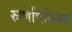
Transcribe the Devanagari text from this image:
रुग्णचिकित्सा